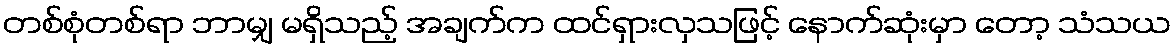
တစ်စုံတစ်ရာ ဘာမျှ မရှိသည့် အချက်က ထင်ရှားလှသဖြင့် နောက်ဆုံးမှာ တော့ သံသယ